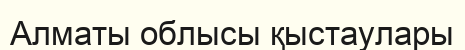
Алматы облысы қыстаулары